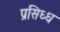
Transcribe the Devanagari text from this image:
प्रसिध्‍ध